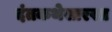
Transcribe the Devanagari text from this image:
दंतकथेसारखा